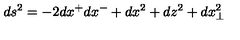
d s ^ { 2 } = - 2 d x ^ { + } d x ^ { - } + d x ^ { 2 } + d z ^ { 2 } + d x _ { \perp } ^ { 2 }